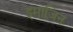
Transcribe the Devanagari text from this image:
इमाजिन